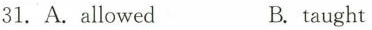
31.A.allowed B.taught